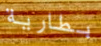
بطارية